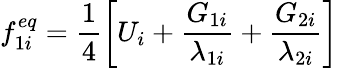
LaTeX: f_{1i}^{eq}=\frac{1}{4}\left[U_{i}+\frac{G_{1i}}{\lambda_{1i}}+\frac{G_{2i}}{\lambda_{2i}}\right]